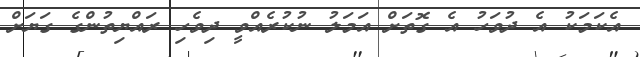
އެކަމަކު އެ ދުވަހު އެ ގޮތަށް އަމަލު ނުކުރެއްވީ ދިވެހި ރައްޔިތުންގެ ގަޔަށް